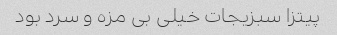
پیتزا سبزیجات خیلی بی مزه و سرد بود